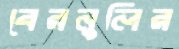
বেরনুলির